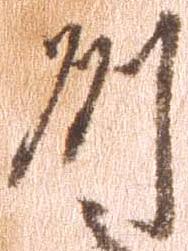
州